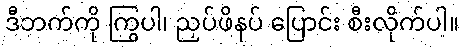
ဒီဘက်ကို ကြွပါ၊ ညှပ်ဖိနပ် ပြောင်း စီးလိုက်ပါ။